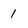
Character: I